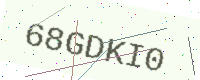
Text: 68GDKI0